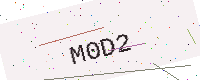
Text: M0D2